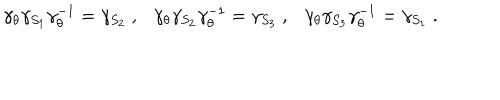
LaTeX: \gamma _ { \theta } \gamma _ { S _ { 1 } } \gamma _ { \theta } ^ { - 1 } = \gamma _ { S _ { 2 } } ~ , \gamma _ { \theta } \gamma _ { S _ { 2 } } \gamma _ { \theta } ^ { - 1 } = \gamma _ { S _ { 3 } } ~ , \gamma _ { \theta } \gamma _ { S _ { 3 } } \gamma _ { \theta } ^ { - 1 } = \gamma _ { S _ { 1 } } ~ .